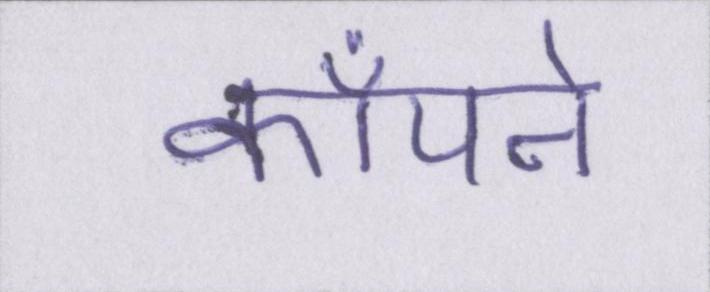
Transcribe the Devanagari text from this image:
काँपने